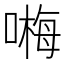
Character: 𠻽